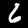
Label: 6